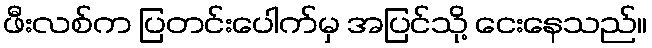
ဖီးလစ်က ပြတင်းပေါက်မှ အပြင်သို့ ငေးနေသည်။